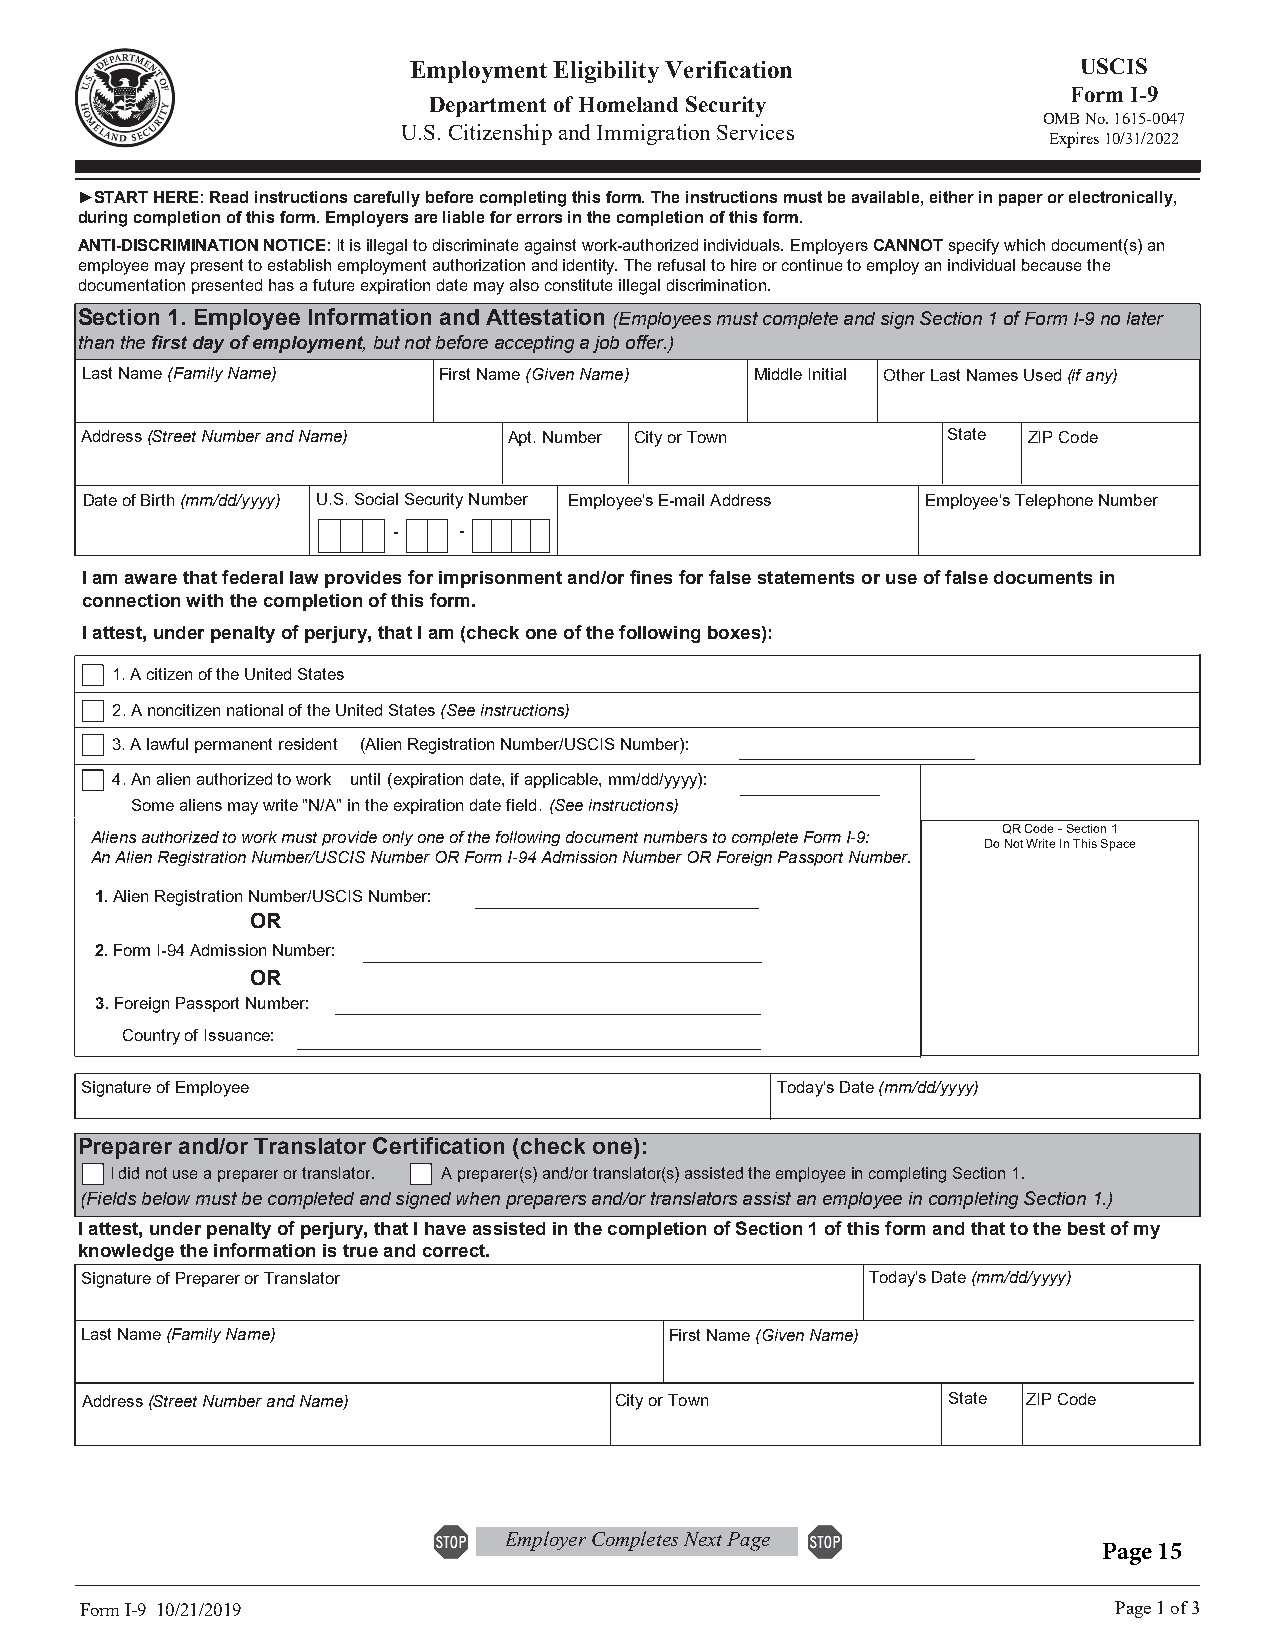
Employment Eligibility Verification          USCIS
 Form I-9
 Department of Homeland Security
 OMB No. 1615-0047
 U.S. Citizenship and Immigration Services
 Expires 10/31/2022
 ►START HERE: Read instructions carefully before completing this form. The instructions must be available, either in paper or electronically,
 during completion of this form. Employers are liable for errors in the completion of this form.
 ANTI-DISCRIMINATION NOTICE: It is illegal to discriminate against work-authorized individuals. Employers CANNOT specify which document(s) an
 employee may present to establish employment authorization and identity. The refusal to hire or continue to employ an individual because the
 documentation presented has a future expiration date may also constitute illegal discrimination.
 Section 1. Employee Information and Attestation (Employees must complete and sign Section 1 of Form I-9 no later
 than the first day of employment, but not before accepting a job offer.)
 Last Name (Family Name) First Name (Given Name) Middle Initial Other Last Names Used (if any)
 Address (Street Number and Name) Apt. Number City or Town State ZIP Code
 Date of Birth (mm/dd/yyyy) U.S. Social Security Number Employee's E-mail Address Employee's Telephone Number
 -   -
 I am aware that federal law provides for imprisonment and/or fines for false statements or use of false documents in
 connection with the completion of this form.
 I attest, under penalty of perjury, that I am (check one of the following boxes):
 1.A citizen of the United States
 2.A noncitizen national of the United States (See instructions)
 3.A lawful permanent resident (Alien Registration Number/USCIS Number):
 4.An alien authorized to work until (expiration date, if applicable, mm/dd/yyyy):
 Some aliens may write "N/A" in the expiration date field. (See instructions)
 Aliens authorized to work must provide only one of the following document numbers to complete Form I-9: QR Code - Section 1
 Do Not Write In This Space
 An Alien Registration Number/USCIS Number OR Form I-94 Admission Number OR Foreign Passport Number.
 1.Alien Registration Number/USCIS Number:
 OR
 2.Form I-94 Admission Number:
 OR
 3.Foreign Passport Number:
 Country of Issuance:
 Signature of Employee                         Today's Date (mm/dd/yyyy)
 Preparer and/or Translator Certification (check one):
 I did not use a preparer or translator. A preparer(s) and/or translator(s) assisted the employee in completing Section 1.
 (Fields below must be completed and signed when preparers and/or translators assist an employee in completing Section 1.)
 I attest, under penalty of perjury, that I have assisted in the completion of Section 1 of this form and that to the best of my
 knowledge the information is true and correct.
 Signature of Preparer or Translator                  Today's Date (mm/dd/yyyy)
 Last Name (Family Name)                First Name (Given Name)
 Address (Street Number and Name)    City or Town          State ZIP Code
 Employer Completes Next Page
 Page 15
 Form I-9 10/21/2019                                                  Page 1 of 3